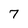
Character: 7